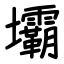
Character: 壩